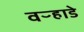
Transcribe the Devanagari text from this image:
वऱ्हाडे